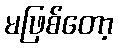
မဖြစ်တော့